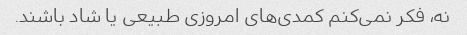
نه، فکر نمی‌کنم کمدی‌های امروزی طبیعی یا شاد باشند.